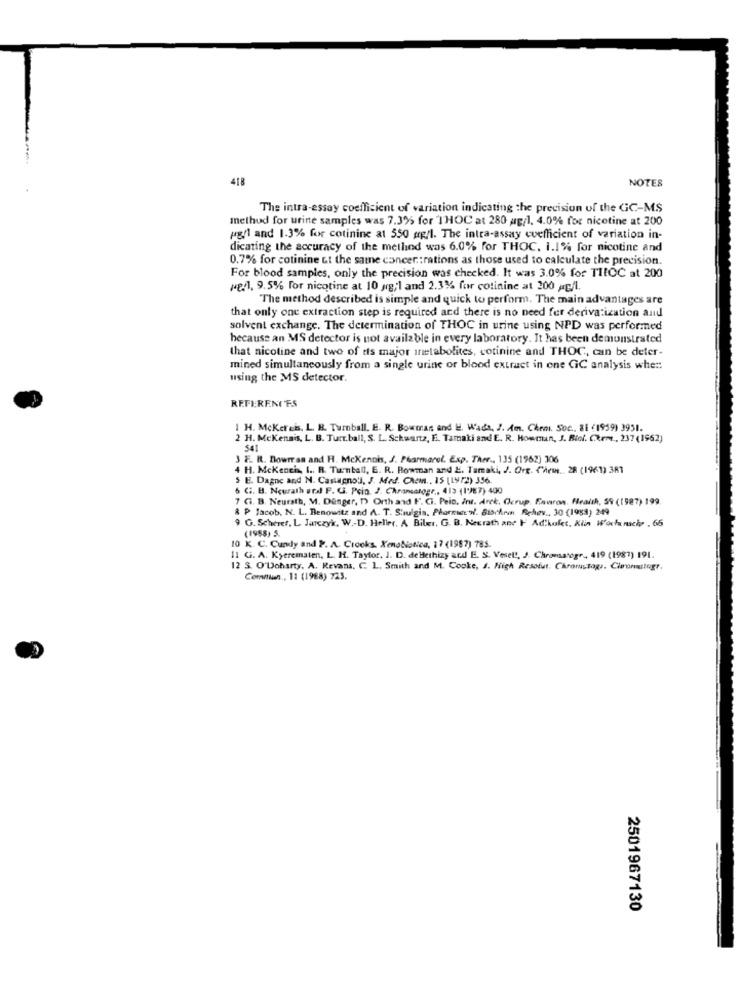
418
NOTES
The intra-essay coefficient of variation indicating the precision of the GC-MS
method for urine samples was 7.3% for THOC at 280 ag/1. 4.0% for nicotine at 200
pg/1 and 1.3% for cotinine at 550 gg/l. The intra-assay coefficient of variation in-
dicating the accuracy of the method was 6.0% for THOC. 1.1% for nicotine and
0.7% for cotinine &t the same concer:rations as those used to calculate the precision.
For blood samples, only the precision was checked. It was 3.0% for TIICC at 200
(gf1, 9.5% for nicotine at 10 g;1 and 2.3% for colinine at 200 #g/l.
The method described is simple and quick to perform. The main advantages are
that only one extraction step is required and there is no need fer derivatization and
solvent exchange. The determination of THOC in urine using NPD was performed
because an MS detector is not available in every laboratory. It has been demonstrated
that nicotine and two of es major inetabolites, cotinine and THOC, can be deter-
mined simultaneously from a single urine or blood extract in one GIC analysis whe ::
using the MS detector.
REFERENCES
1 H. Mcker cis. L. B. Tumball. E. R. Bowman and W. Wada, J. Am. Chem. Soc. SI (1999) 3951.
2 H. Mckennis, L. B. Turt.ball, S. L. Schwartz, F. Tamaki and E. R. Howman, J. Biof. Chrme ., 237 (1962)
541
E. R. Dowrran and H. McKennis, J. Pharmarel. Exp. Ther .. 135 (1962) 306
4 H. Mckench, I. R. Turnball, E. R. Rowman and E. Tamaki, J. Org. Chews. 28 (1961) 381
5 E. Dagne and N. Castagnoli, J. Med. Chem ., 15 [1972) 356.
C. B. Neurath ordl F. G. Poin. J. Cheansatogr ., 413 (1')E7) 400
7 G. B. Neurath, M. Danger, ") Orth and F. Ci. Pelo, int. Arek. Grup. Fawron, Health, 59 (1987) 199.
& P Jacob, N. L. Benowitz and A. T. Shulgin. Pharmwe w'. SibrAr Achev ., 30 (1983) 249
9 G. Scherer, L. Jarczyk, W .- D. Heller, A Biler, G. B. Negrath ane F Ad'kult, Klin Workruchy , 66
(1958) 5.
10 K. C. Cundy and P. A. Crocks. Xenobiotica, 17 (1987) 785.
11 G. A. Kyerematen, L. H. Taylor, J. D. deHethizy ard E. S. Vesel !, J. Chromatogr, 419 (1981) 191.
12 S. O'Doharty. A. Revans, C. L. Smith and M. Cooke, J. High Resolut. Chromstage. Claromutugr,
Commun . 11 (1968) 72.5.
2501967130